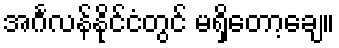
အင်္ဂလန်နိုင်ငံတွင် မရှိတော့ချေ။